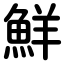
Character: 鮮